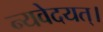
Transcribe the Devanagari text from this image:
न्यवेदयत्।